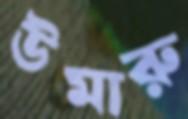
উমারু